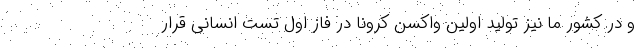
و در کشور ما نیز تولید اولین واکسن کرونا در فاز اول تست انسانی قرار